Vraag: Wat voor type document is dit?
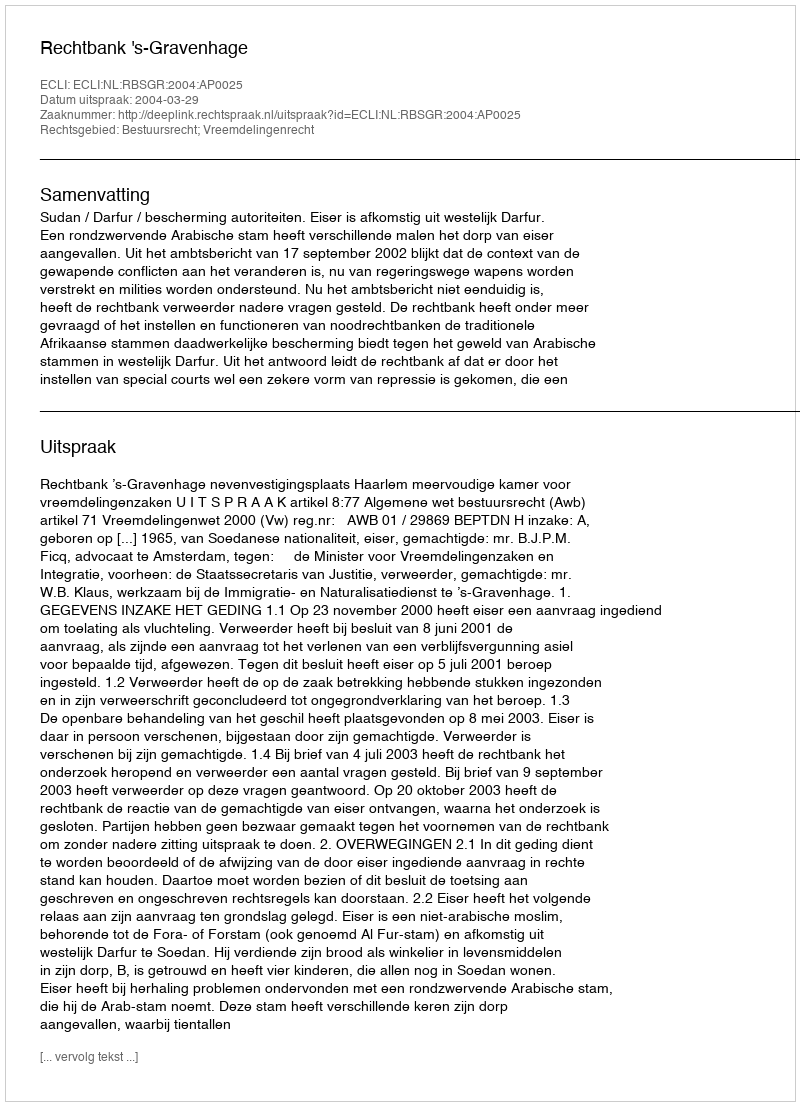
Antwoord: Uitspraak